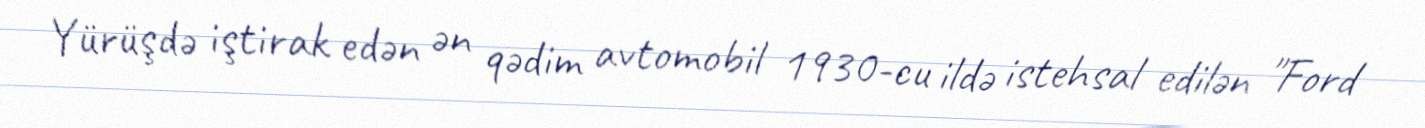
Yürüşdə iştirak edən ən qədim avtomobil 1930-cu ildə istehsal edilən "Ford